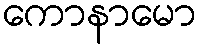
ကောနာမော